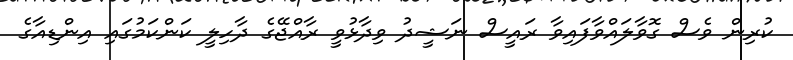
ކުރިން ވެސް ގޮވާލައްވާފައިވާ ރައީސް ނަޝީދު ވިދާޅުވީ ރާއްޖޭގެ ދާހިލީ ކަންކަމުގައި އިންޑިއާގެ